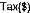
TAX($)